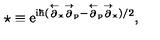
\star \equiv \mathrm { { \Large e ^ { i \hbar ( \stackrel { \leftarrow } { \partial } _ { x } \stackrel { \rightarrow } { \partial } _ { p } - \stackrel { \leftarrow } { \partial } _ { p } \stackrel { \rightarrow } { \partial } _ { x } ) / 2 } } } ,